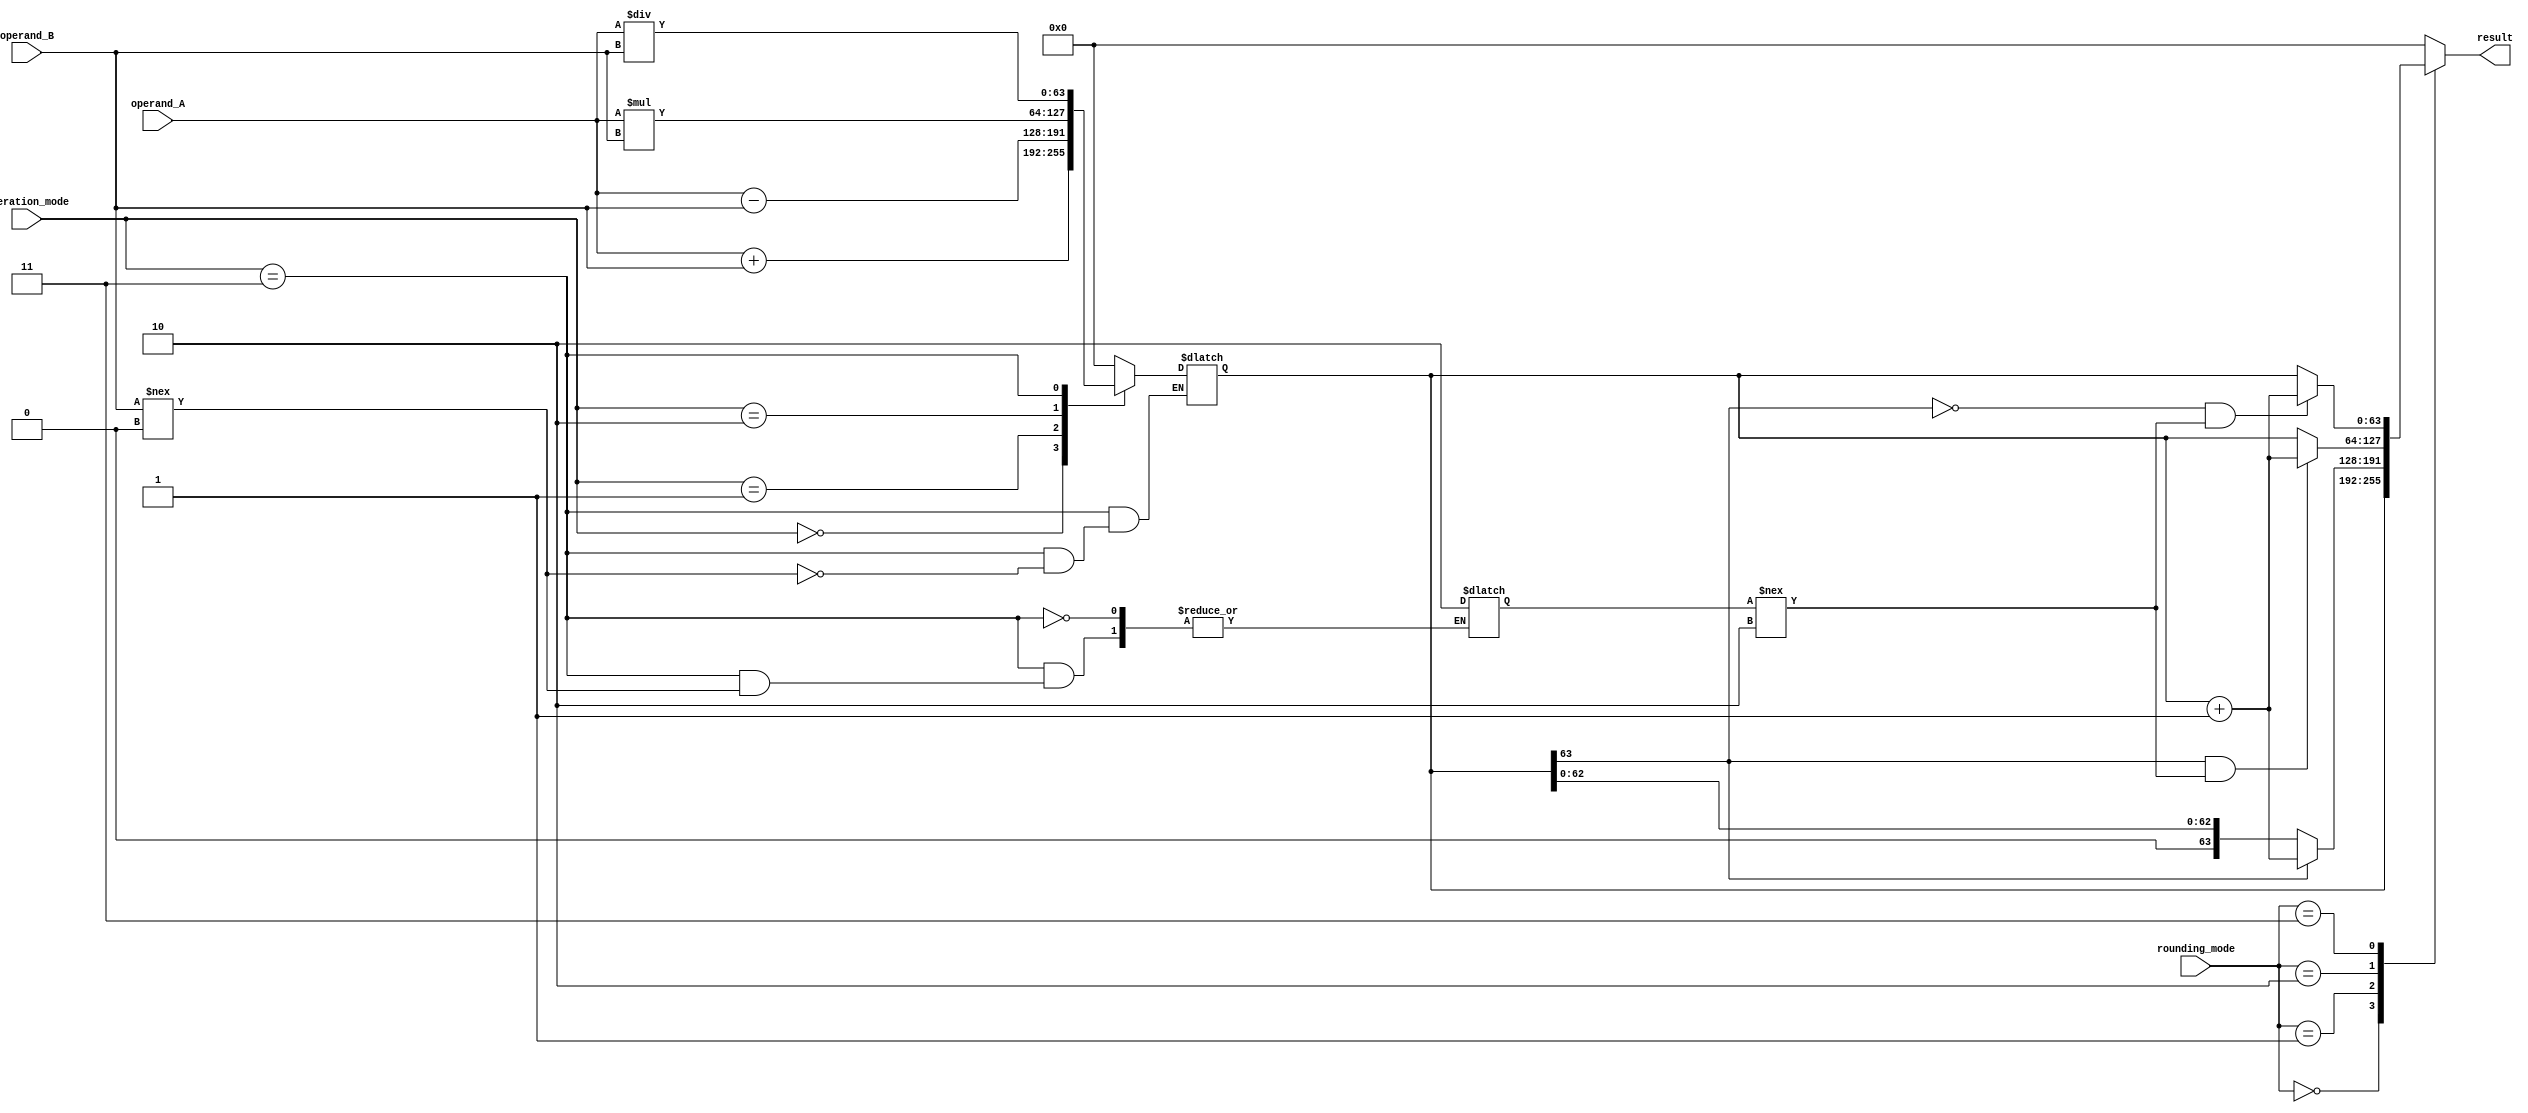
module DoublePrecisionFloatingPointUnit (
    input wire [63:0] operand_A,
    input wire [63:0] operand_B,
    input wire [2:0] operation_mode, // 0: addition, 1: subtraction, 2: multiplication, 3: division
    input wire [2:0] rounding_mode, // 0: round to nearest, 1: round towards zero, 2: round towards +infinity, 3: round towards -infinity
    output reg [63:0] result
);

reg [63:0] temp_result;
reg [1:0] exception_flag; // 0: no exception, 1: overflow, 2: underflow

always @(*) begin
    case(operation_mode)
        0: temp_result = operand_A + operand_B;
        1: temp_result = operand_A - operand_B;
        2: temp_result = operand_A * operand_B;
        3: begin
            if(operand_B !== 0) begin
                temp_result = operand_A / operand_B;
            end else begin
                exception_flag = 2; // division by zero
            end
        end
        default: temp_result = 64'h0; // Default case for invalid operation mode
    endcase
end

always @(*) begin
    // Perform rounding based on rounding_mode
    case(rounding_mode)
        0: result = temp_result; // round to nearest
        1: begin
            if(temp_result[63] == 1) begin
                result = temp_result + 64'h1;
            end else begin
                result = temp_result;
            end
        end // round towards zero
        2: begin
            if(temp_result[63] == 1 && exception_flag !== 2) begin
                result = temp_result + 64'h1;
            end else begin
                result = temp_result;
            end
        end // round towards +infinity
        3: begin
            if(temp_result[63] == 0 && exception_flag !== 2) begin
                result = temp_result + 64'h1;
            end else begin
                result = temp_result;
            end
        end // round towards -infinity
        default: result = 64'h0; // Default case for invalid rounding mode
    endcase
end

endmodule